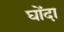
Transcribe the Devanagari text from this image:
घोंदा